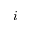
i